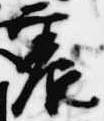
震